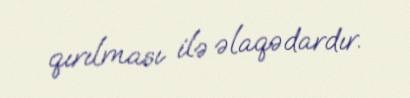
qırılması ilə əlaqədardır.